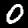
Digit: 0